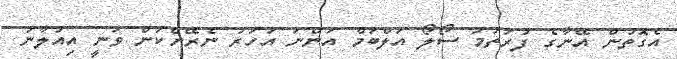
އެގޮތުން އޭނާގެ ފުރަތަމަ ސޯލޯ އަލްބަމް އަންނަ އަހަރު ނެރޭނެކަން ވަނީ އިއުލާނު